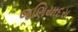
જણિયાદરા